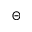
\Theta